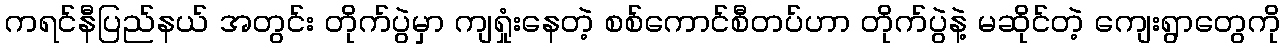
ကရင်နီပြည်နယ် အတွင်း တိုက်ပွဲမှာ ကျရှုံးနေတဲ့ စစ်ကောင်စီတပ်ဟာ တိုက်ပွဲနဲ့ မဆိုင်တဲ့ ကျေးရွာတွေကို